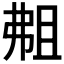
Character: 𫸴